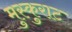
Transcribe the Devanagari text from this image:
मुस्कुराट